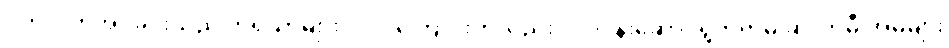
ပက်လက်အိပ်ခိုင်းသည် ကိရိယာများ ပါဝင်ကြောင်းကိုလည်း လုပ်ငန်းဆောင်ရွက်ရာမှ ဆိုလာမီးအိမ်များ